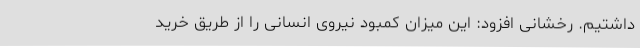
داشتیم. رخشانی افزود: این میزان کمبود نیروی انسانی را از طریق خرید